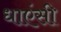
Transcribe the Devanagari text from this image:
धाएंसी